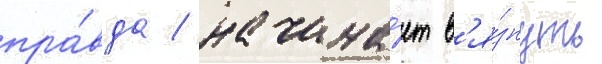
пра́вда / начина́ет в'я́знуть